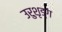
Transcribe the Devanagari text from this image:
उरुशृङ्ग